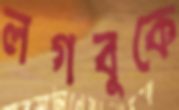
লগবুকে